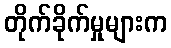
တိုက်ခိုက်မှုများက